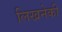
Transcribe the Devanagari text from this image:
लिखनेकी